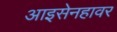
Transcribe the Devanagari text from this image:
आइसेनहावर